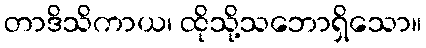
တာဒိသိကာယ၊ ထိုသို့သဘောရှိသော။